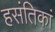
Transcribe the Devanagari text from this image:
हसंतिकां